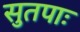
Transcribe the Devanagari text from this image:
सुतपाः